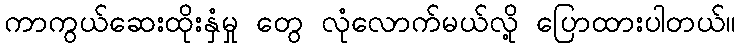
ကာကွယ်ဆေးထိုးနှံမှု တွေ လုံလောက်မယ်လို့ ပြောထားပါတယ်။